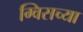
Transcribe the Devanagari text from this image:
ग्विसच्या